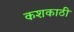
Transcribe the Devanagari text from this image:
कशकाठी